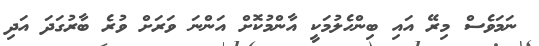
ނަމަވެސް މިރޭ އައި ބިންހެލުމަކީ އާންމުކޮށް އަންނަ ވަރަށް ވުރެ ބާރުގަދަ އަދި